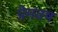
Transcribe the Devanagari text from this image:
प्रेमवष